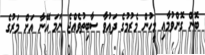
ބޮން ގޮންވުމާއި މީހުން މެރުމުގެ ދައުވާ ސާބިތުވެއްޖެ ނަމަ އޭނާ އަށް މަރުގެ